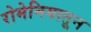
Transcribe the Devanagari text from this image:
रोमेनियातून